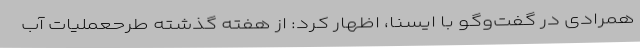
همرادی در گفت‌وگو با ایسنا، اظهار کرد: از هفته گذشته طرحعملیات آب